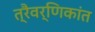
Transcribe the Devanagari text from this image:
त्रैवर्णिकांत